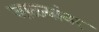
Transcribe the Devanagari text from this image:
जाळ्यांवर